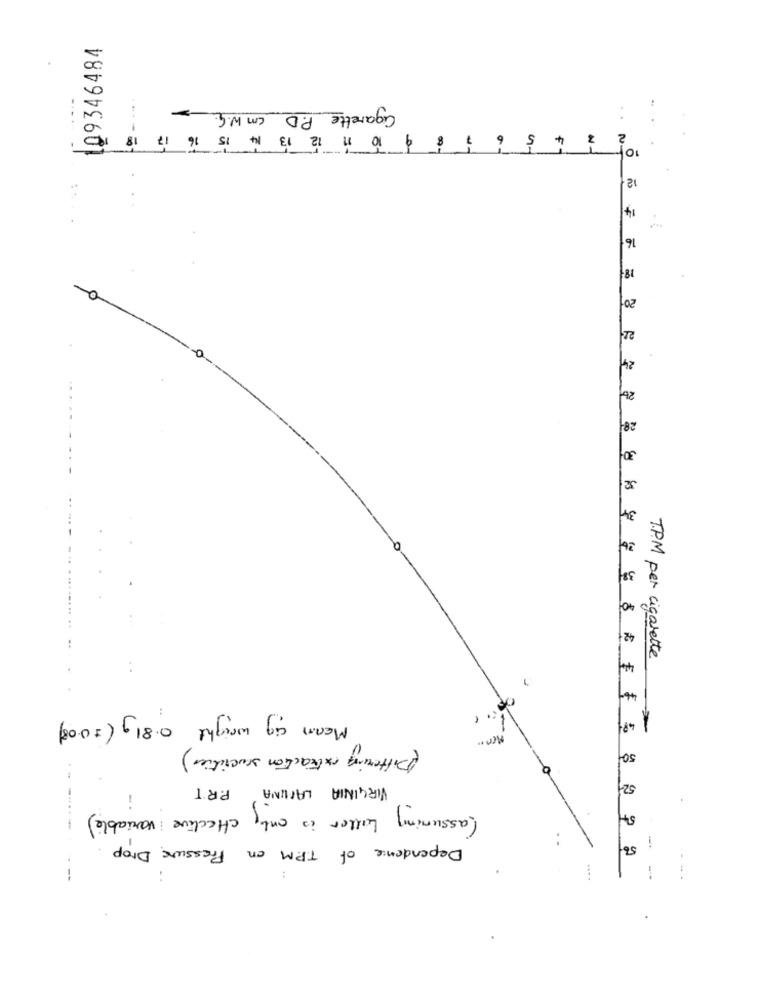
109346484
Cigarette P.D cm W.G.
-- -
4 5 6 7 8 9 10 11 12 13 14 15 16 17 18
12
14
16
18,
20-
22
24
2b
28
30
32
34
40
421
TPM per cigarette
46-
Meam aig weight 0.81g (=0.08)
Men ..
(Differing extraction sucrities)
50-
VIRGINIA LAMINA P.R.T
52-
(assuming Letter is only effective variable)
SH
Dependence of T.P.M on Pressure Drop
56
-
....